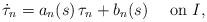
LaTeX: \begin{align*}\dot{\tau}_n=a_n(s)\, \tau_n + b_n(s) \quad\hbox{ on } I,\end{align*}